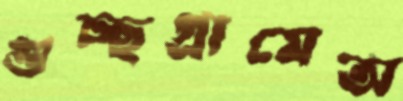
গুচ্ছগ্রামেঅ